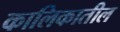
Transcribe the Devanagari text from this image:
कालिकातील